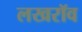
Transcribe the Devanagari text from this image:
लखरॉव